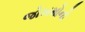
જોખમોનો